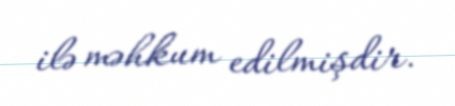
ilə məhkum edilmişdir.